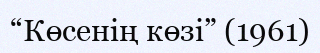
“Көсенің көзі” (1961)